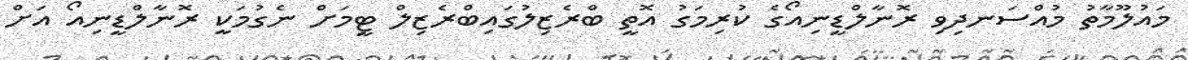
މައުލޫމާތު މުއްސަނދިވި ރޮނާލްޑީނިއޯގެ ކުރިމަގު އޮތީ ބްރެޒިލުގައިބްރެޒިލް ޓީމަށް ނެގުމަކީ ރޮނާލްޑީނިއޯ އަށް